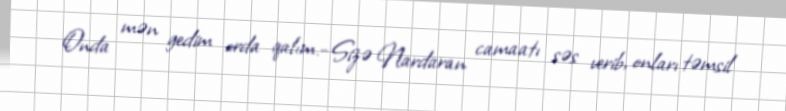
Onda mən gedim orda qalım.- Sizə Nardaran camaatı səs verib, onları təmsil